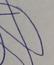
Signature authenticity: forged